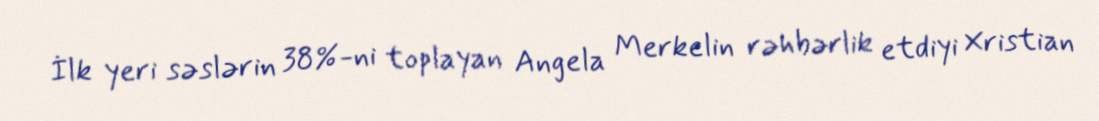
İlk yeri səslərin 38%-ni toplayan Angela Merkelin rəhbərlik etdiyi Xristian